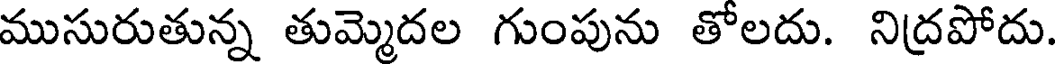
ముసురుతున్న తుమ్మెదల గుంపును తోలదు. నిద్రపోదు.